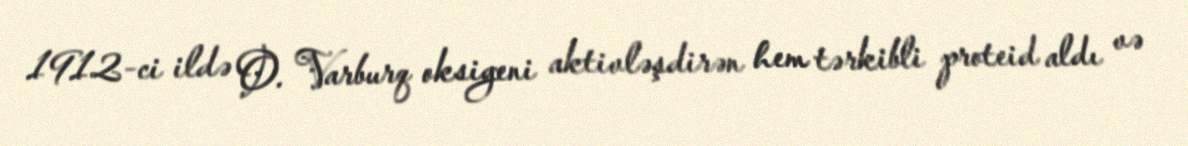
1912-ci ildə O. Varburq oksigeni aktivləşdirən hem tərkibli proteid aldı və